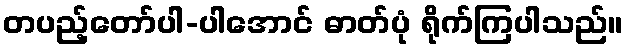
တပည့်တော်ပါ-ပါအောင် ဓာတ်ပုံ ရိုက်ကြပါသည်။